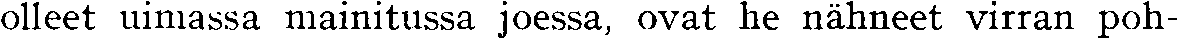
olleet uimassa mainitussa joessa, ovat he nähneet virran poh-